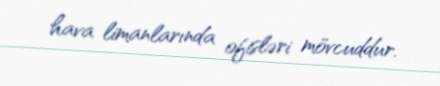
hava limanlarında ofisləri mövcuddur.